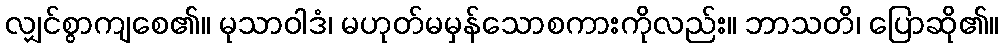
လျှင်စွာကျစေ၏။ မုသာဝါဒံ၊ မဟုတ်မမှန်သောစကားကိုလည်း။ ဘာသတိ၊ ပြောဆို၏။